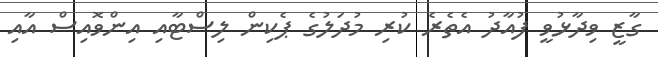
ގާޒީ ވިދާޅުވީ ފުއާދު އެތެރެ ކުރި މުދަލުގެ ޕެކިން ލިސްޓާއި އިންވޮއިސް އާއި